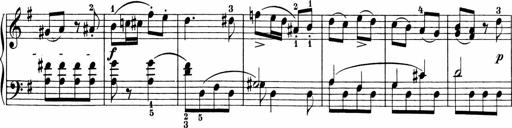
Title: Sonatinen Op.47, 98 und 136, nebst 6 Liedersonatinen
Composer: Carl Reinecke